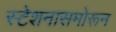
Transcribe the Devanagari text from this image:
स्टेशनासमोरून